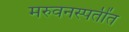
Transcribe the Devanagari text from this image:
मरुवनस्पतींत